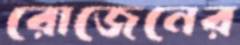
রোজেনের